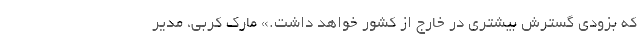
که بزودی گسترش بیشتری در خارج از کشور خواهد داشت.» مارک کربی، مدیر